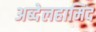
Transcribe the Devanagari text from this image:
अब्देलहामिद